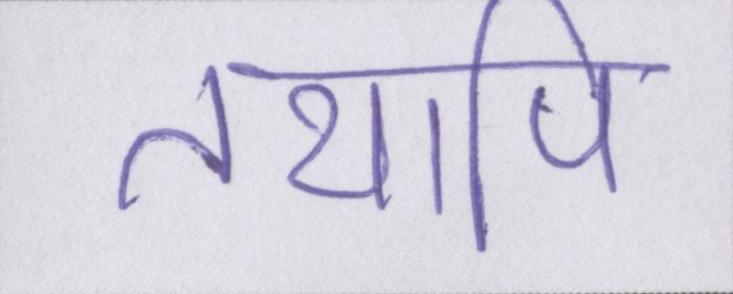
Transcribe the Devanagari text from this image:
तथापि